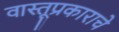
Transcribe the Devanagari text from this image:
वास्तूप्रकाराचे